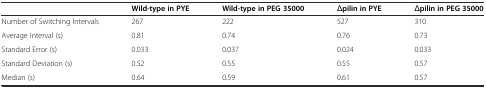
|  | Wild-type in PYE | Wild-type in PEG 35000 | Δpilin in PYE | Δpilin in PEG 35000 |
 | --- | --- | --- | --- | --- |
 | Number of Switching Intervals | 267 | 222 | 527 | 310 |
 | Average Interval (s) | 0.81 | 0.74 | 0.76 | 0.73 |
 | Standard Error (s) | 0.033 | 0.037 | 0.024 | 0.033 |
 | Standard Deviation (s) | 0.52 | 0.55 | 0.55 | 0.57 |
 | Median (s) | 0.64 | 0.59 | 0.61 | 0.57 |